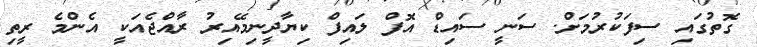
ގޮތުގައި ސިފަކުރުމަށް. ސަނީ ސައިޑް އޮފް ލައިފް ކިޔާދީނިމޭއިރު ރާއްޖެއަކީ އެންމެ ރީތި